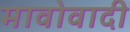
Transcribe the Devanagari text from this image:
मावोवादी